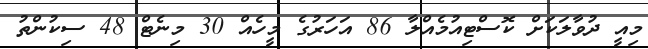
މިއީ ދުވާލަކަށް ކޮސްޓިއުމެއްލާ 86 އަހަރުގެ މީހެއް 30 މިނެޓް 48 ސިކުންތު